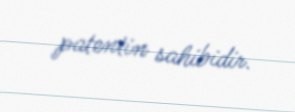
patentin sahibidir.